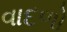
વાદળો